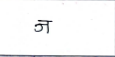
मजकूर: ज